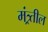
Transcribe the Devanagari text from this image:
मंत्र्र्तील